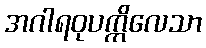
အဂါရဝုပက္ကိလေသာ